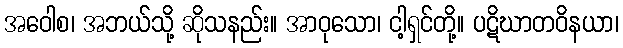
အဝေါစ၊ အဘယ်သို့ ဆိုသနည်း။ အာဝုသော၊ ငါ့ရှင်တို့။ ပဋိဃာတဝိနယာ၊